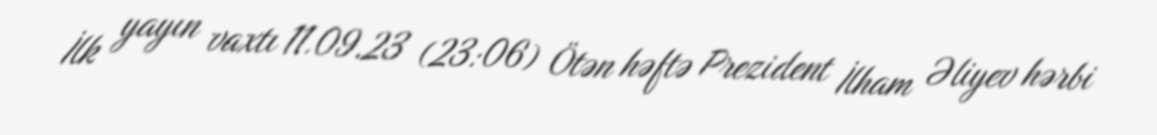
İlk yayın vaxtı 11.09.23 (23:06) Ötən həftə Prezident İlham Əliyev hərbi